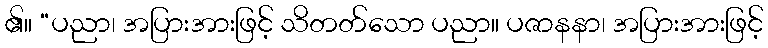
၏။ “ပညာ၊ အပြားအားဖြင့် သိတတ်သော ပညာ။ ပဇာနနာ၊ အပြားအားဖြင့်